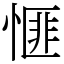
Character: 㥱